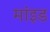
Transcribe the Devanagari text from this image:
मांइड